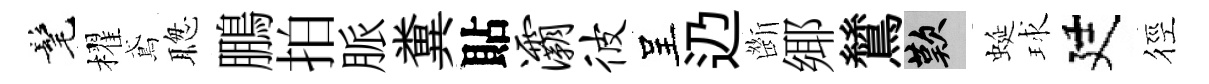
髦櫂鳶聦鵬拍脈糞貼灞彼呈辸㫁鄊鷥嘆蜒球廷徑